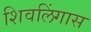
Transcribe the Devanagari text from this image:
शिवलिंगास